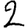
Digit: 2